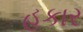
હકાર